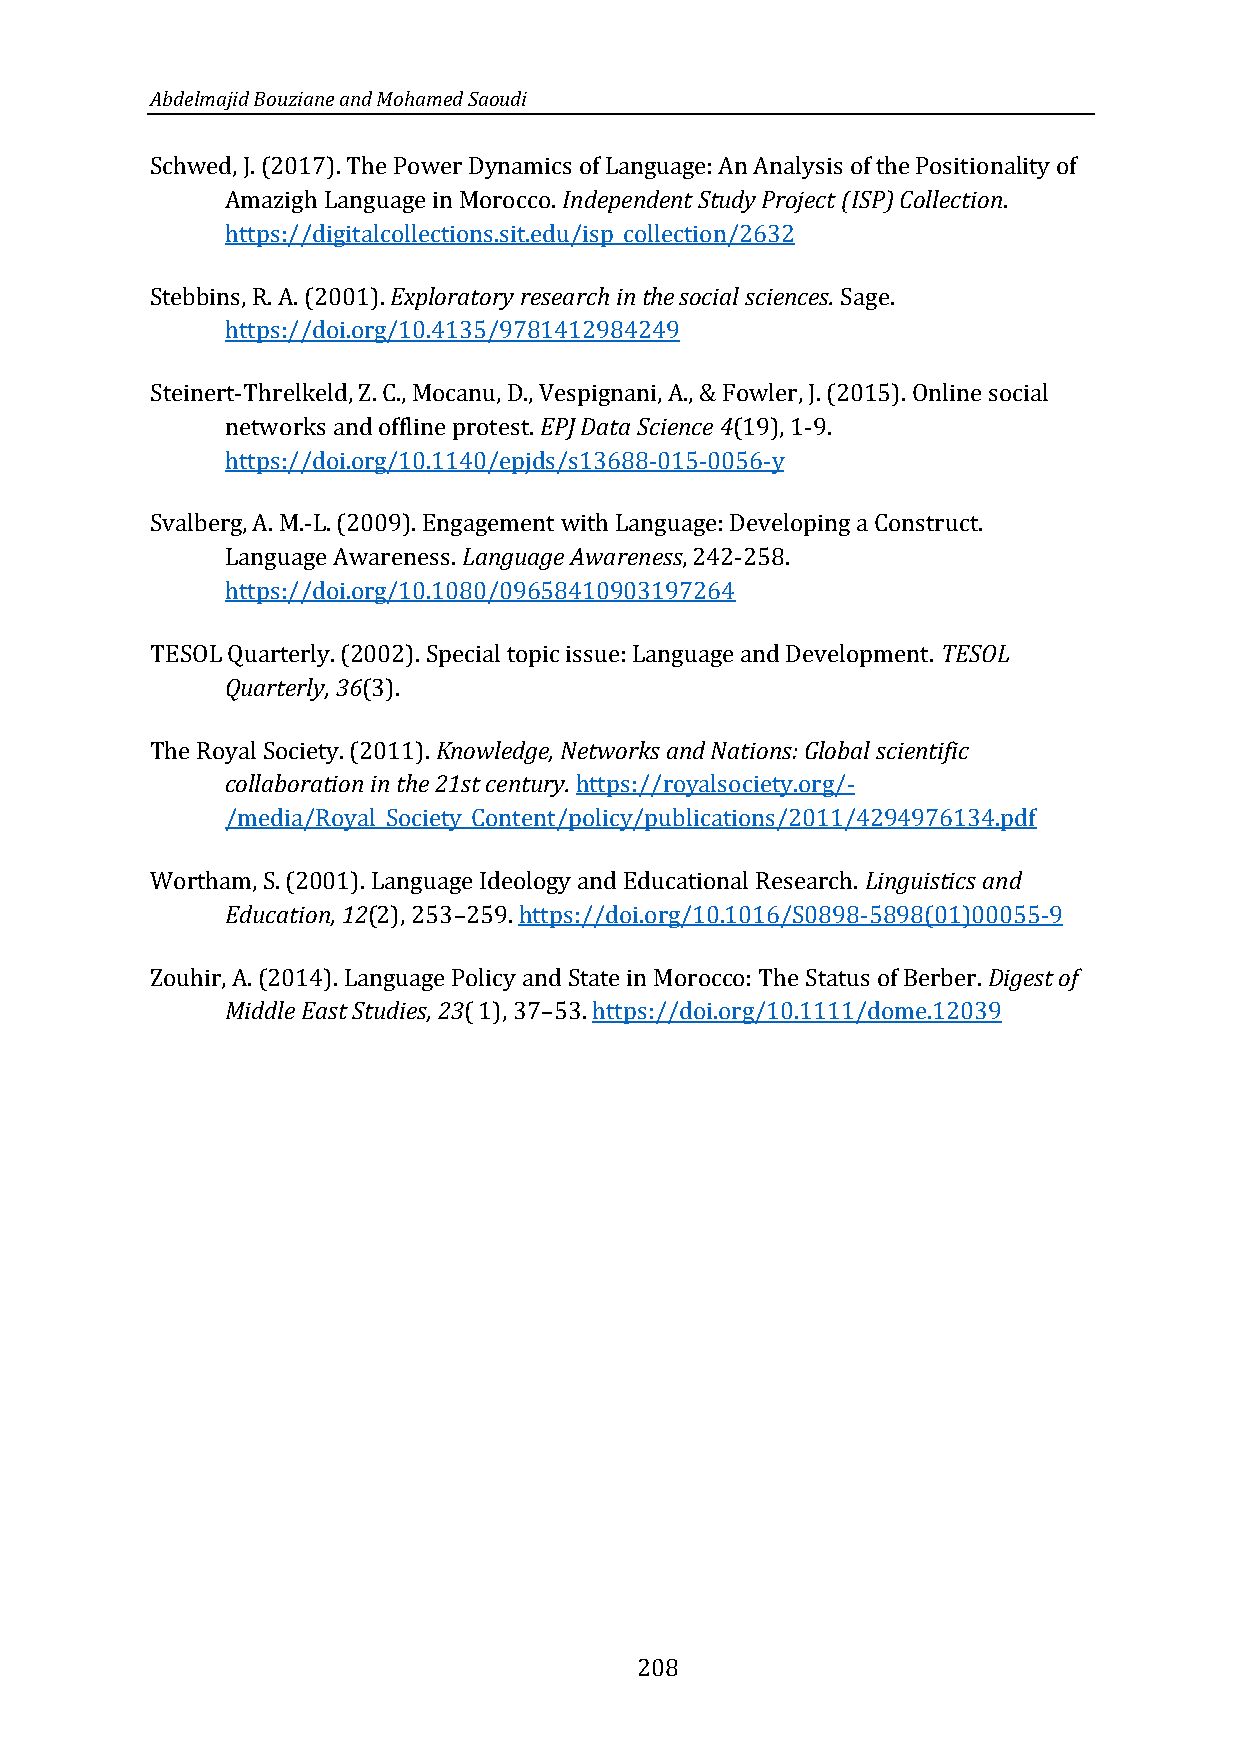
Abdelmajid Bouziane and Mohamed Saoudi
 Schwed, J. (2017). The Power Dynamics of Language: An Analysis of the Positionality of
 Amazigh Language in Morocco. Independent Study Project (ISP) Collection.
 https://digitalcollections.sit.edu/isp_collection/2632
 Stebbins, R. A. (2001). Exploratory research in the social sciences. Sage.
 https://doi.org/10.4135/9781412984249
 Steinert-Threlkeld, Z. C., Mocanu, D., Vespignani, A., & Fowler, J. (2015). Online social
 networks and offline protest. EPJ Data Science 4(19), 1-9.
 https://doi.org/10.1140/epjds/s13688-015-0056-y
 Svalberg, A. M.-L. (2009). Engagement with Language: Developing a Construct.
 Language Awareness. Language Awareness, 242-258.
 https://doi.org/10.1080/09658410903197264
 TESOL Quarterly. (2002). Special topic issue: Language and Development. TESOL
 Quarterly, 36(3).
 The Royal Society. (2011). Knowledge, Networks and Nations: Global scientific
 collaboration in the 21st century. https://royalsociety.org/-
 /media/Royal_Society_Content/policy/publications/2011/4294976134.pdf
 Wortham, S. (2001). Language Ideology and Educational Research. Linguistics and
 Education, 12(2), 253 259. https://doi.org/10.1016/S0898-5898(01)00055-9
 –
 Zouhir, A. (2014). Language Policy and State in Morocco: The Status of Berber. Digest of
 Middle East Studies, 23( 1), 37 53. https://doi.org/10.1111/dome.12039
 –
 208